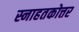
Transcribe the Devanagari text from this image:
स्नाहतकोत्तर